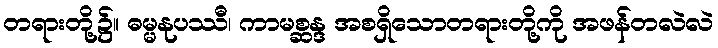
တရားတို့၌။ ဓမ္မနုပဿီ၊ ကာမစ္ဆန္ဒ အစရှိသောတရားတို့ကို အဖန်တလဲလဲ